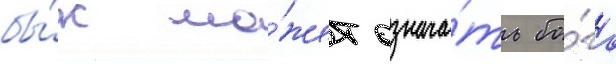
бы́к мо́жет означа́ть бо́га